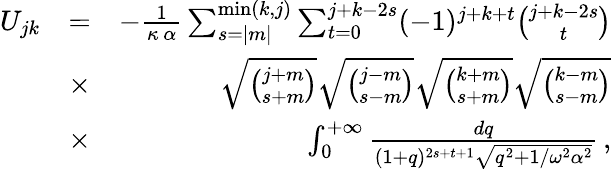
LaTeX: \begin{array}{rlr}{U_{jk}}&{=}&{-\frac{1}{\kappa\, \alpha}\sum_{s=|m|}^{\mathrm{min}(k,j)}\sum_{t=0}^{j+k-2s}(-1)^{j+k+t}{\binom{j+k-2s}{t}}}\\ &{\times}&{\sqrt{{\binom{j+m}{s+m}}}\sqrt{{\binom{j-m}{s-m}}}\sqrt{{\binom{k+m}{s+m}}}\sqrt{{\binom{k-m}{s-m}}}}\\ &{\times}&{\int_{0}^{+\infty}\frac{dq}{(1+q)^{2s+t+1}\sqrt{q^{2}+1/\omega^{2}\alpha^{2}}}\, ,}\end{array}